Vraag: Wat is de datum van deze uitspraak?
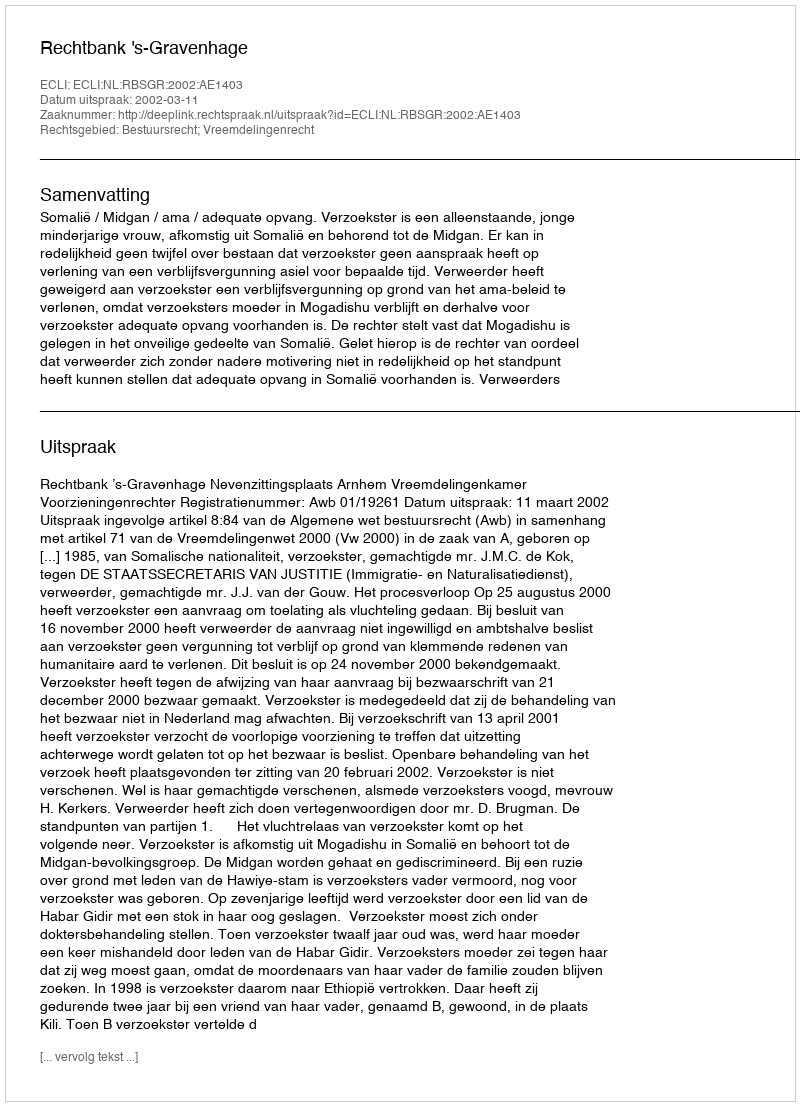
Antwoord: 2002-03-11